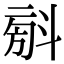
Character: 𣁼